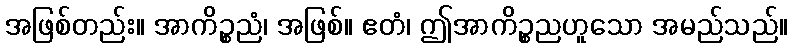
အဖြစ်တည်း။ အာကိဉ္စညံ၊ အဖြစ်။ ဧတံ၊ ဤအာကိဉ္စညဟူသော အမည်သည်။